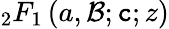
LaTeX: {}_{2}F_{1}\left(a,\mathcal{B};\mathtt{c};z\right)